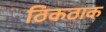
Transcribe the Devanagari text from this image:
ठिकठाक